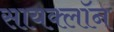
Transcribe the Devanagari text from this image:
सायक्लॉन